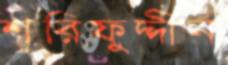
শরিফুদ্দীন